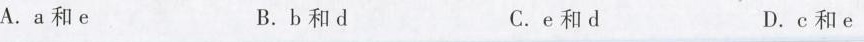
A.a和e B.b和d C.e和d D.c和e绿色 a